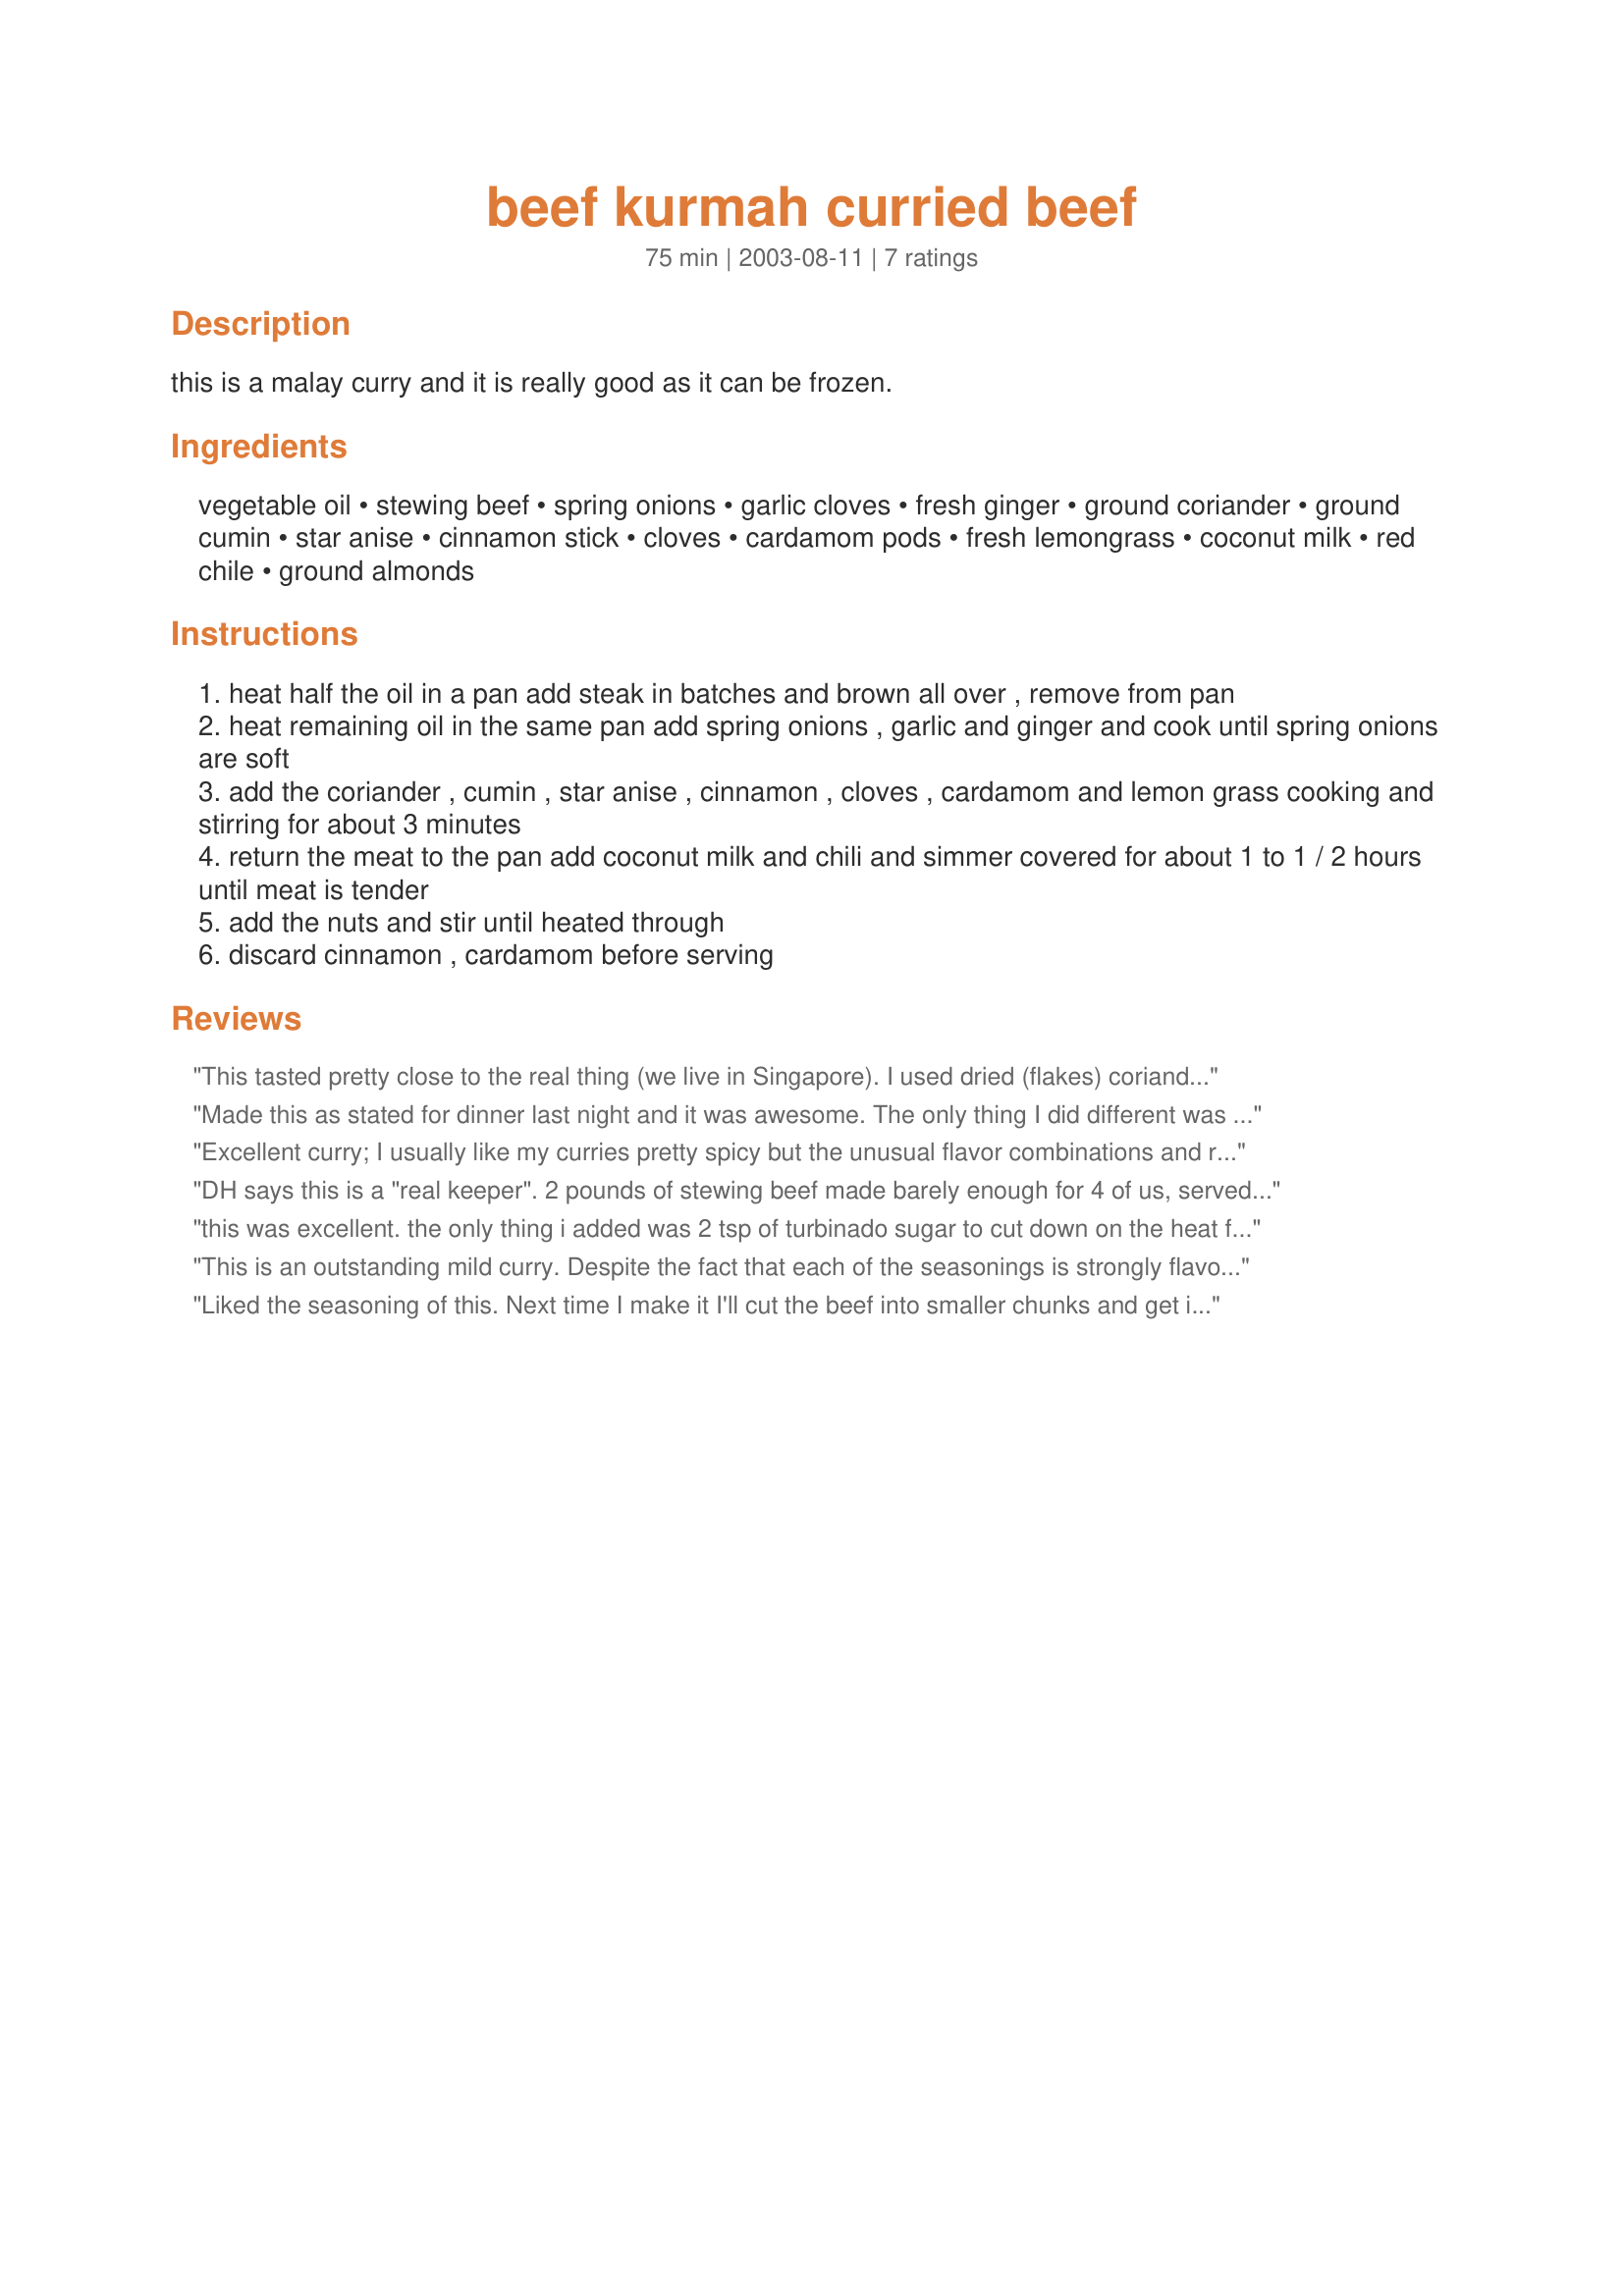
beef kurmah curried beef
Preparation time: 75 minutes

this is a malay curry and it is really good as it can be frozen.

Ingredients:
vegetable oil, stewing beef, spring onions, garlic cloves, fresh ginger, ground coriander, ground cumin, star anise, cinnamon stick, cloves, cardamom pods, fresh lemongrass, coconut milk, red chile, ground almonds

Steps:
heat half the oil in a pan add steak in batches and brown all over , remove from pan
heat remaining oil in the same pan add spring onions , garlic and ginger and cook until spring onions are soft
add the coriander , cumin , star anise , cinnamon , cloves , cardamom and lemon grass cooking and stirring for about 3 minutes
return the meat to the pan add coconut milk and chili and simmer covered for about 1 to 1 / 2 hours until meat is tender
add the nuts and stir until heated through
discard cinnamon , cardamom before serving

Reviews:
This tasted pretty close to the real thing (we live in Singapore). I used dried (flakes) coriander instead of ground. I simmered the beef for about 2 hrs, and discarded afterwards the cinnamon and star anise, but not the cardamom. My only suggestions are that you add a bit of sea salt or fine salt to enhance the taste, reduce the powdered almonds to 30g because the sauce becomes a bit too thick, and you can use chili flakes instead of the red chili.
Made this as stated for dinner last night and it was awesome. The only thing I did different was reduce the almonds (DH deos not like any nuts whether whole or powdered in his main meal) and garnish it with cilantro and lime wedges. Really so full of flavour and punch. Served this with Basmati rice and salad and roast potatoes. Thank you for this keeper.:) Fay
Excellent curry; I usually like my curries pretty spicy but the unusual flavor combinations and richness made up for it. Only addition was about a tsp, of salt. Awesome recipe-thank you!
DH says this is a "real keeper". 2 pounds of stewing beef made barely enough for 4 of us, served with basmati rice and salad. I also cut the beef cubes smaller, as suggested, which was a good idea. And DH did add salt. So everyone's suggestions were useful. It is really quite easy to put together and I let it simmer about 2 hours. Yum!
this was excellent. the only thing i added was 2 tsp of turbinado sugar to cut down on the heat for the less adventurous eaters here. we really enjoyed this served over jasmine rice
This is an outstanding mild curry. Despite the fact that each of the seasonings is strongly flavored in their own right, none of them stand out in the total (delicious) flavor; to me, that equals a perfectly seasoned dish. Don't be tempted to leave the almonds out, either. Only change I'll make next time is double the amount of red chili. Thanks for posting !
Liked the seasoning of this. Next time I make it I'll cut the beef into smaller chunks and get it browned on higher heat. I tended to let the mixture simmer too long and too hot which caused the meat to get too overdone.
